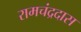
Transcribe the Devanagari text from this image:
रामचंद्रदास